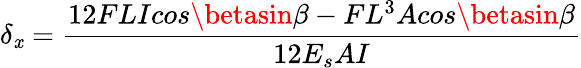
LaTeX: \delta{_\mathit{x}}=\frac{{12FLIcos\betasin\beta-FL^{3}Acos\betasin\beta}}{{12E_{s}AI}}